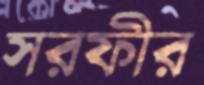
সরফীর